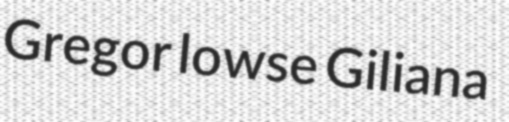
Gregor lowse Giliana